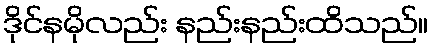
ဒိုင်နမိုလည်း နည်းနည်းထိသည်။